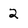
Character: 2